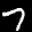
Label: 7